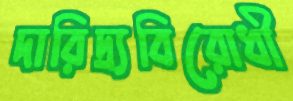
দারিদ্র্যবিরোধী